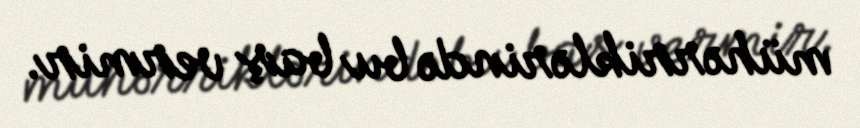
mühərriklərində bu baş vermir.